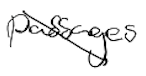
Text: passages
Cross-out: diagonal
Writing tool: digital_black